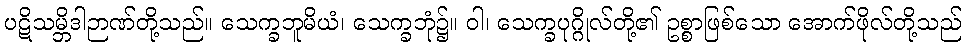
ပဋိသမ္ဘိဒါဉာဏ်တို့သည်။ သေက္ခဘူမိယံ၊ သေက္ခဘုံ၌။ ဝါ၊ သေက္ခပုဂ္ဂိုလ်တို့၏ ဥစ္စာဖြစ်သော အောက်ဖိုလ်တို့သည်